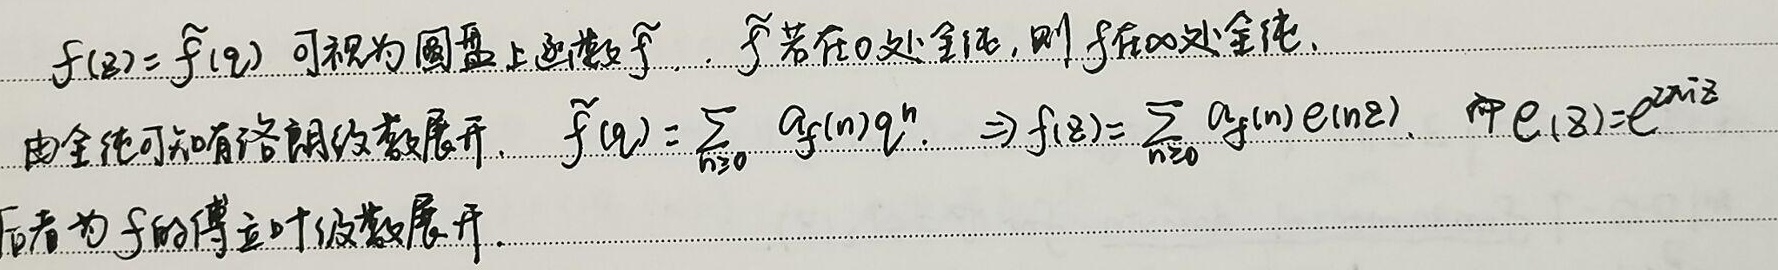
$f(z)=\widetilde{f}(q)$ 可视为圆盘上函数 $\widetilde{f}$. $\widetilde{f}$ 若在 $0$ 处全纯，则 $f$ 在 $\infty$ 处全纯. 由全纯可知有洛朗级数展开，$\widetilde{f}(q)=\sum_{n \geq 0} a_f(n)q^n$. $\Rightarrow f(z)=\sum_{n \geq 0} a_f(n)e(\ln z)$，其中 $e(z)=e^{2\pi i z}$ 后者为 $f$ 的傅立叶级数展开.